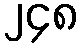
၂၄၈